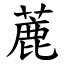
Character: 蔍